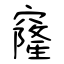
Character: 窿